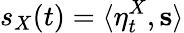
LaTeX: s_{X}(t)=\langle\eta_{t}^{X},\mathbf{s}\rangle